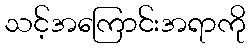
သင့်အကြောင်းအရာကို